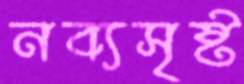
নব্যসৃষ্ট